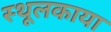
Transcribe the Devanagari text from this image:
स्थूलकाया